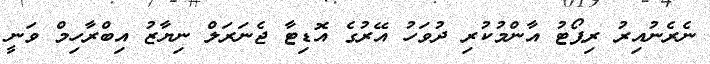
ނެރެނުއިރު ރިޕޯޓު އާންމުކުރި ދުވަހު އޭރުގެ އޮޑިޓާ ޖެނަރަލް ނިޔާޒު އިބްރާހިމް ވަނީ